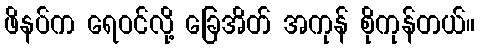
ဖိနပ်က ရေဝင်လို့ ခြေအိတ် အကုန် စိုကုန်တယ်။